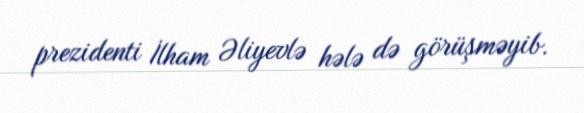
prezidenti İlham Əliyevlə hələ də görüşməyib.